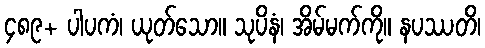
၄၈၉+ ပါပကံ၊ ယုတ်သော။ သုပိနံ၊ အိမ်မက်ကို။ နပဿတိ၊